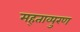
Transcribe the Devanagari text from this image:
मह्ताव्पुरण